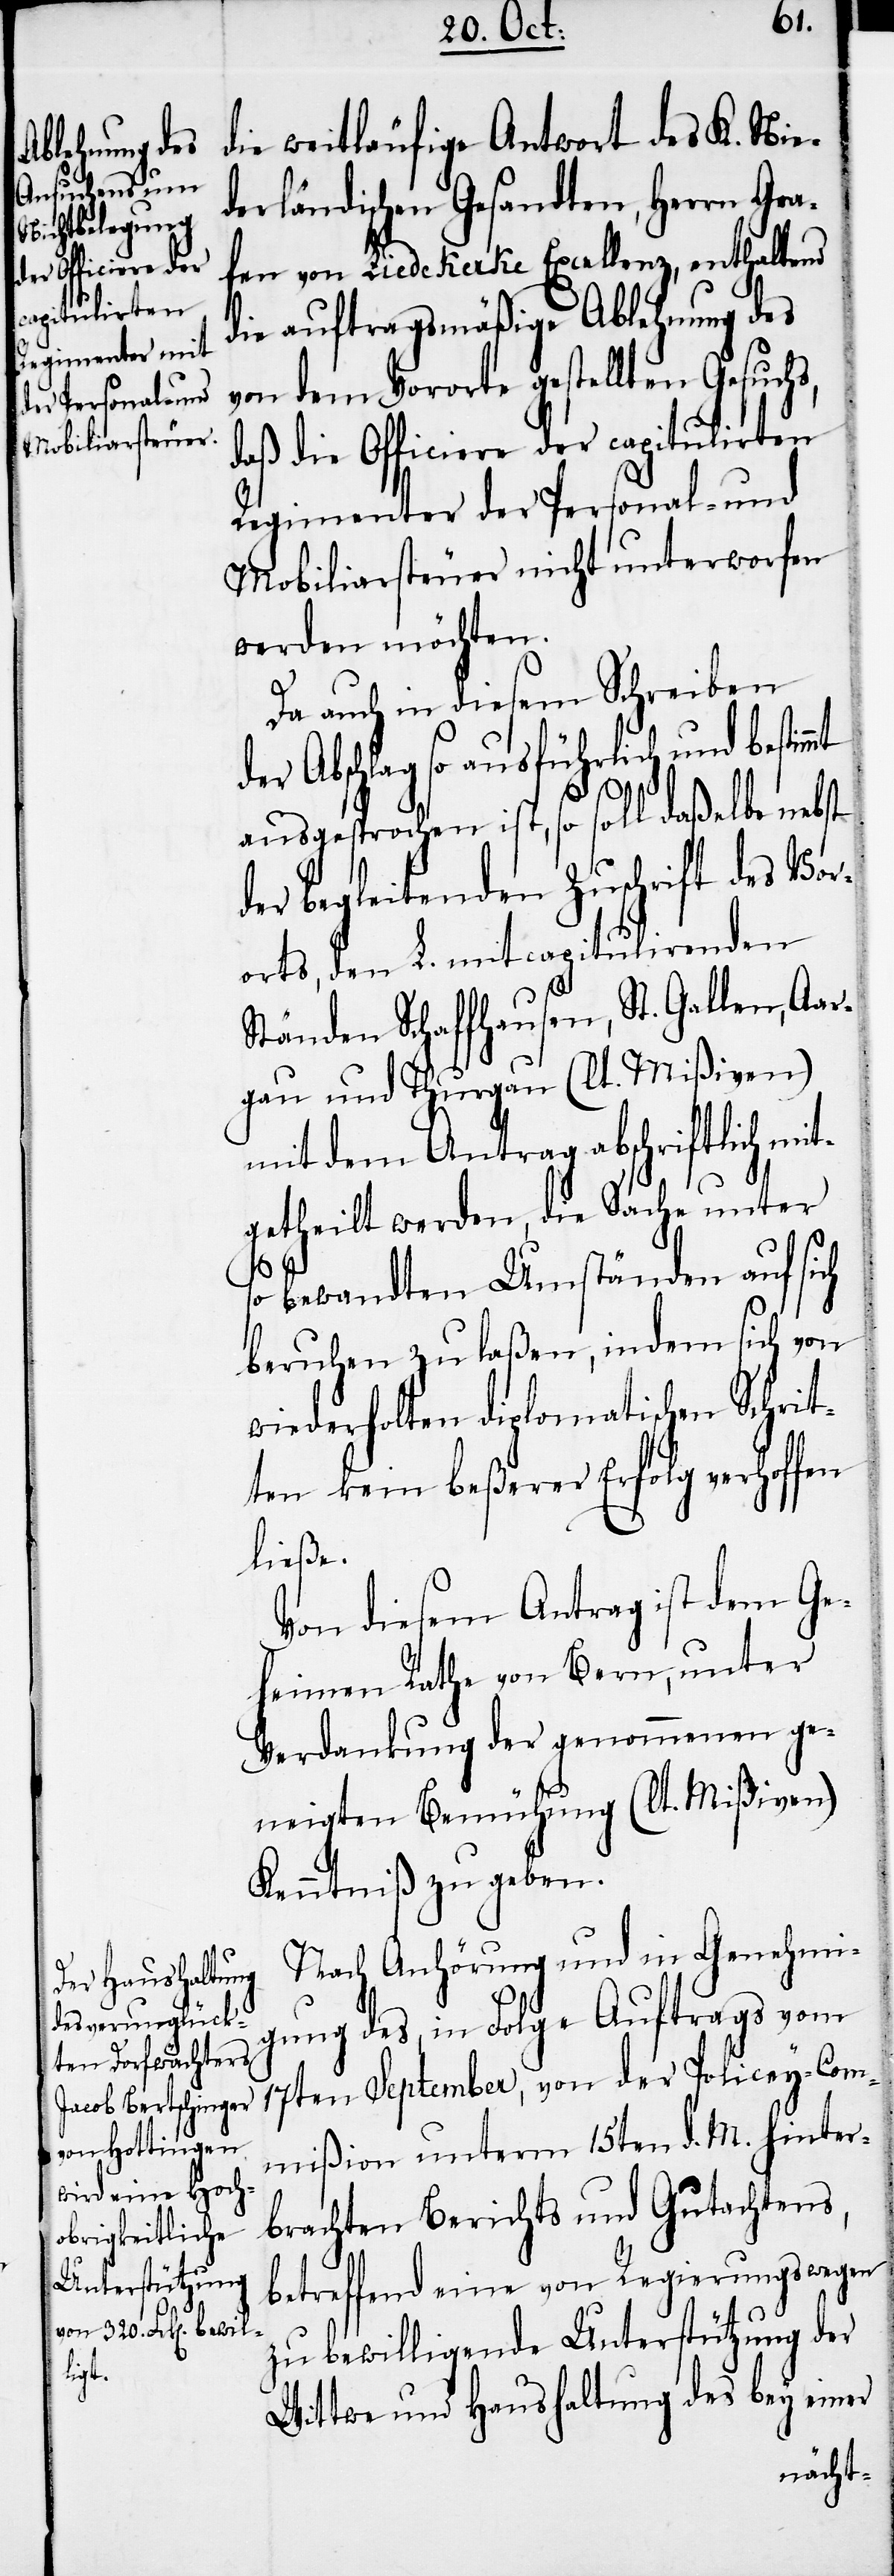
die weitläufige Antwort des K. Nie¬
derländischen Gesandten, Herrn Gra¬
fen von Liedekerke Excellenz, enthaltend
die auftragsmäßige Ablehnung des
von dem Vororte gestellten Gesuchs,
daß die Officiere der capitulirten
Regimenter der Personal- und
Mobiliarsteuer nicht unterworfen
werden möchten.
Da auch in diesem Schreiben
der Abschlag so ausführlich und bestim¬
ausgesprochen ist, so soll daßelbe nebst
der begleitenden Zuschrift des Vor¬
orts, den L. mitcapitulirenden
Ständen Schaffhausen, St. Gallen, Aar¬
gau und Thurgau (lt. Mißiven)
mit dem Antrag abschriftlich mit¬
getheilt werden, die Sache unter
mt
so bewandten Umständen auf sich
beruhen zu laßen, indem sich von
wiederholten diplomatischen Schrit¬
ten kein beßerer Erfolg verhoffen
ließe.
Von diesem Antrag ist dem Ge¬
heimen Rathe von Bern, unter
Verdankung der genommenen ge¬
neigten Bemühung (lt. Mißiven)
Kenntniß zu geben.
Nach Anhörung und in Genehmi¬
gung des, in Folge Auftrags vom
17ten September, von der Policey-Com¬
mißion unterm 15ten d. M. hinter¬
brachten Berichts und Gutachtens,
betreffend eine von Regierungswegen
zu bewilligende Unterstützung der
Wittwe und Haushaltung des bey einer